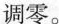
调零。